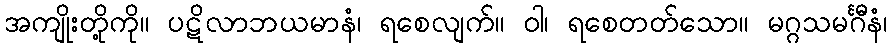
အကျိုးတို့ကို။ ပဋိလာဘယမာနံ၊ ရစေလျက်။ ဝါ၊ ရစေတတ်သော။ မဂ္ဂသမင်္ဂီနံ၊